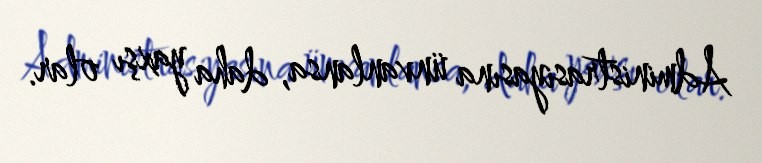
Administrasiyasına ünvanlansa, daha yaxşı olar.